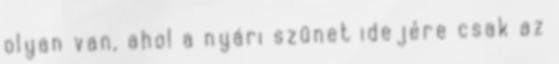
olyan van, ahol a nyári szünet idejére csak az